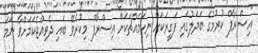
"އިސްރާފް ކުރުމުގެ ބަދަލުގައި ފަގީރަކަށް ނިކަމެއްޗަކަށް އިސްރާފް މިކުރެވޭ ބައި ދެވިއްޖެކަމަށްވާ ނަމަ